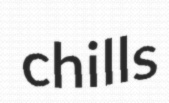
chills